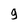
Character: 9